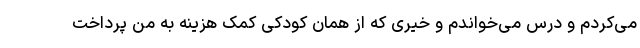
می‌کردم و درس می‌خواندم و خیری که از همان کودکی کمک هزینه به من پرداخت